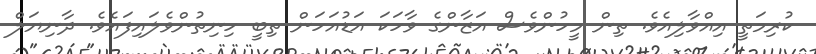
ކުރިމަތީ އިއްވާލިއެވެ. ތިން މީހުންވެސް އަޒާންގެ ވާހަކަ އަޑުއަހަން ތިބީ ހިނިތުންވެލައިފައެވެ. ދާނިޔަލް